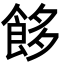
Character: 䬷